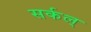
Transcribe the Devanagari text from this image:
सर्कल्